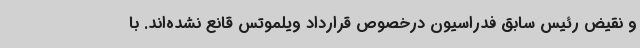
و نقیض رئیس سابق فدراسیون درخصوص قرارداد ویلموتس قانع نشده‌اند. با